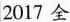
2017全